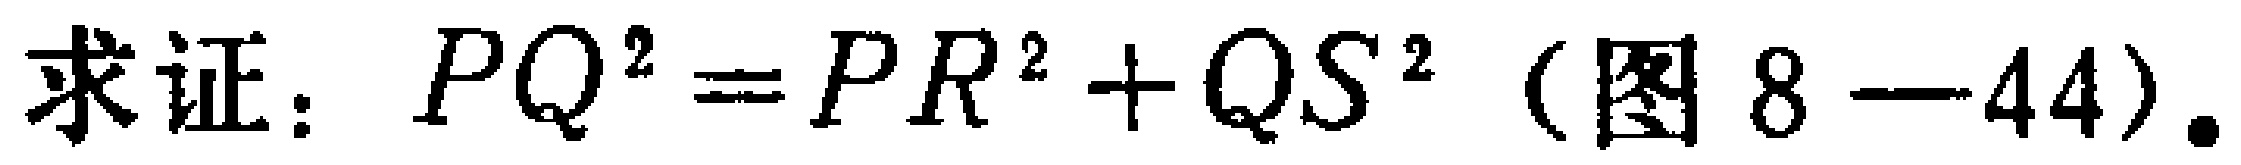
求证：$PQ^{2}=PR^{2}+QS^{2}$（图8—44）.